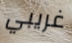
غريبي